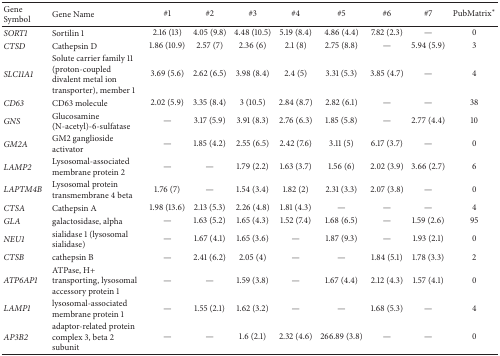
<table><thead><tr><td><b>Gene Symbol</b></td><td><b>Gene Name</b></td><td><b>#1</b></td><td><b>#2</b></td><td><b>#3</b></td><td><b>#4</b></td><td><b>#5</b></td><td><b>#6</b></td><td><b>#7</b></td><td><b>PubMatrix<sup>∗</sup></b></td></tr></thead><tbody><tr><td><i>SORT1 </i></td><td>Sortilin 1 </td><td>2.16 (13)</td><td>4.05 (9.8)</td><td>4.48 (10.5)</td><td>5.19 (8.4)</td><td>4.86 (4.4)</td><td>7.82 (2.3)</td><td>—</td><td>0</td></tr><tr><td><i>CTSD </i></td><td>Cathepsin D </td><td>1.86 (10.9)</td><td>2.57 (7)</td><td>2.36 (6)</td><td>2.1 (8)</td><td>2.75 (8.8)</td><td>—</td><td>5.94 (5.9)</td><td>3</td></tr><tr><td><i>SLC11A1 </i></td><td>Solute carrier family 11 (proton-coupled divalent metal ion transporter), member 1</td><td>3.69 (5.6)</td><td>2.62 (6.5)</td><td>3.98 (8.4)</td><td>2.4 (5)</td><td>3.31 (5.3)</td><td>3.85 (4.7)</td><td>—</td><td>4</td></tr><tr><td><i>CD63 </i></td><td>CD63 molecule </td><td>2.02 (5.9)</td><td>3.35 (8.4)</td><td>3 (10.5)</td><td>2.84 (8.7)</td><td>2.82 (6.1)</td><td>—</td><td>—</td><td>38</td></tr><tr><td><i>GNS </i></td><td>Glucosamine (N-acetyl)-6-sulfatase </td><td>—</td><td>3.17 (5.9)</td><td>3.91 (8.3)</td><td>2.76 (6.3)</td><td>1.85 (5.8)</td><td>—</td><td>2.77 (4.4)</td><td>10</td></tr><tr><td><i>GM2A </i></td><td>GM2 ganglioside activator</td><td>—</td><td>1.85 (4.2)</td><td>2.55 (6.5)</td><td>2.42 (7.6)</td><td>3.11 (5)</td><td>6.17 (3.7)</td><td>—</td><td>0</td></tr><tr><td><i>LAMP2 </i></td><td>Lysosomal-associated membrane protein 2</td><td>—</td><td>—</td><td>1.79 (2.2)</td><td>1.63 (3.7)</td><td>1.56 (6)</td><td>2.02 (3.9)</td><td>3.66 (2.7)</td><td>6</td></tr><tr><td><i>LAPTM4B </i></td><td>Lysosomal protein transmembrane 4 beta </td><td>1.76 (7)</td><td>—</td><td>1.54 (3.4)</td><td>1.82 (2)</td><td>2.31 (3.3)</td><td>2.07 (3.8)</td><td>—</td><td>0</td></tr><tr><td><i>CTSA </i></td><td>Cathepsin A </td><td>1.98 (13.6)</td><td>2.13 (5.3)</td><td>2.26 (4.8)</td><td>1.81 (4.3)</td><td>—</td><td>—</td><td>—</td><td>4</td></tr><tr><td><i>GLA </i></td><td>galactosidase, alpha </td><td>—</td><td>1.63 (5.2)</td><td>1.65 (4.3)</td><td>1.52 (7.4)</td><td>1.68 (6.5)</td><td>—</td><td>1.59 (2.6)</td><td>95</td></tr><tr><td><i>NEU1 </i></td><td>sialidase 1 (lysosomal sialidase)</td><td>—</td><td>1.67 (4.1)</td><td>1.65 (3.6)</td><td>—</td><td>1.87 (9.3)</td><td>—</td><td>1.93 (2.1)</td><td>0</td></tr><tr><td><i>CTSB </i></td><td>cathepsin B </td><td>—</td><td>2.41 (6.2)</td><td>2.05 (4)</td><td>—</td><td>—</td><td>1.84 (5.1)</td><td>1.78 (3.3)</td><td>2</td></tr><tr><td><i>ATP6AP1 </i></td><td>ATPase, H+ transporting, lysosomal accessory protein 1</td><td>—</td><td>—</td><td>1.59 (3.8)</td><td>—</td><td>1.67 (4.4)</td><td>2.12 (4.3)</td><td>1.57 (4.1)</td><td>0</td></tr><tr><td><i>LAMP1 </i></td><td>lysosomal-associated membrane protein 1</td><td>—</td><td>1.55 (2.1)</td><td>1.62 (3.2)</td><td>—</td><td>—</td><td>1.68 (5.3)</td><td>—</td><td>4</td></tr><tr><td><i>AP3B2 </i></td><td>adaptor-related protein complex 3, beta 2 subunit</td><td>—</td><td>—</td><td>1.6 (2.1)</td><td>2.32 (4.6)</td><td>266.89 (3.8)</td><td>—</td><td>—</td><td>0</td></tr></tbody></table>